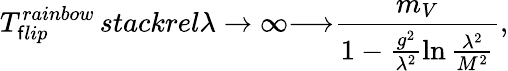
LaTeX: T_{\mathsf{f}lip}^{rainbow}\, stackrel{\lambda\rightarrow\infty}{\longrightarrow}\frac{{m_{V}}}{{1-\frac{{g^{2}}}{{\lambda^{2}}}\ln\frac{{\lambda^{2}}}{{M^{2}}}}},